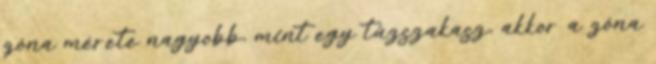
zóna mérete nagyobb, mint egy tûzszakasz, akkor a zóna